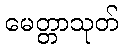
မေတ္တာသုတ်